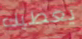
يعطيك